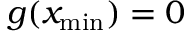
g ( x _ { \mathrm { m i n } } ) = 0